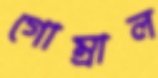
গোম্‌রাল